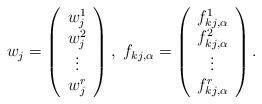
LaTeX: \begin{align*}w_j=\left( \begin{array}{c} w_j^1 \\ w_j^2 \\\vdots \\w_j^r \end{array} \right),\ f_{kj, \alpha}=\left( \begin{array}{c} f_{kj, \alpha}^1 \\ f_{kj, \alpha}^2 \\\vdots \\f_{kj, \alpha}^r \end{array} \right). \end{align*}